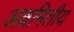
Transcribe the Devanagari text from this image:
अक्षमितीय